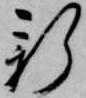
新